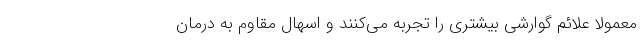
معمولا علائم گوارشی بیشتری را تجربه می‌کنند و اسهال مقاوم به درمان